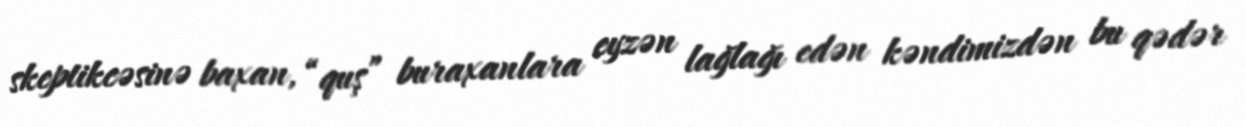
skeptikcəsinə baxan, “quş” buraxanlara eyzən lağlağı edən kəndimizdən bu qədər